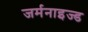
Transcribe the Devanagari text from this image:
जर्मनाइज्ड